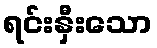
ရင်းနှီးသော